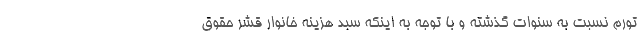
تورم نسبت به سنوات گذشته و با توجه به اینکه سبد هزینه خانوار قشر حقوق